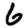
Digit: 6